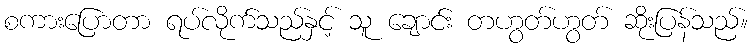
စကားပြောတာ ရပ်လိုက်သည်နှင့် သူ ချောင်း တဟွတ်ဟွတ် ဆိုးပြန်သည်။